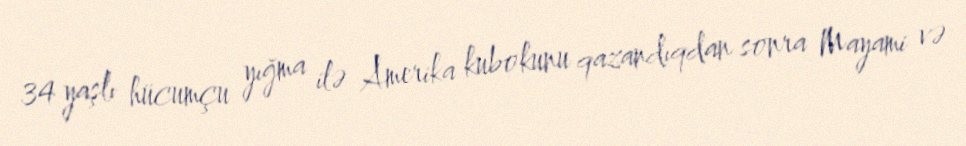
34 yaşlı hücumçu yığma ilə Amerika kubokunu qazandıqdan sonra Mayami və